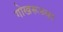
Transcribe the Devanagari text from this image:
गोखरूच्या